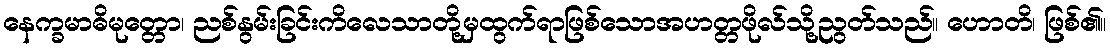
နေက္ခမာဓိမုတ္တော၊ ညစ်နွမ်းခြင်းကိလေသာတို့မှထွက်ရာဖြစ်သောအဟတ္တဖိုလ်သို့ညွတ်သည်။ ဟောတိ၊ ဖြစ်၏။